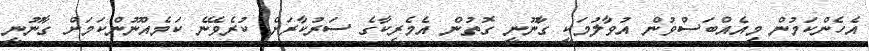
އެހެންކަމުން މިއެއްބަސްވުން އުވާލުމަކީ ގާނޫނީ ގޮތުން އެމެރިކާގެ ސަރުކާރަށް ކުރެވޭނެ ކަމެއްނޫންކަމަށް ގާނޫނީ